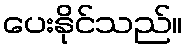
ပေးနိုင်သည်။